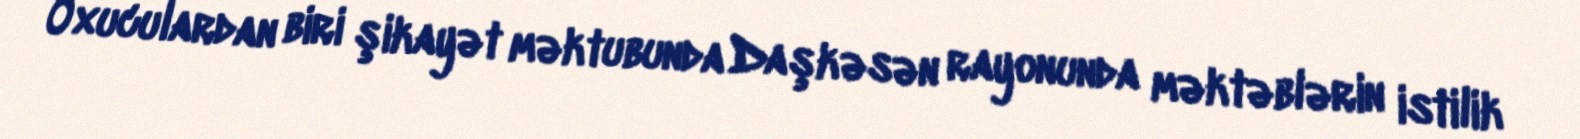
Oxuculardan biri şikayət məktubunda Daşkəsən rayonunda məktəblərin istilik